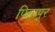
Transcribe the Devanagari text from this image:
पिठापूर